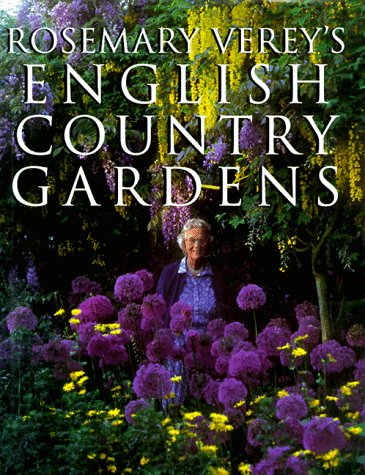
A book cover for Rosemary Verey's English Country Gardens; Rosemary Verey; Crafts, Hobbies & Home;